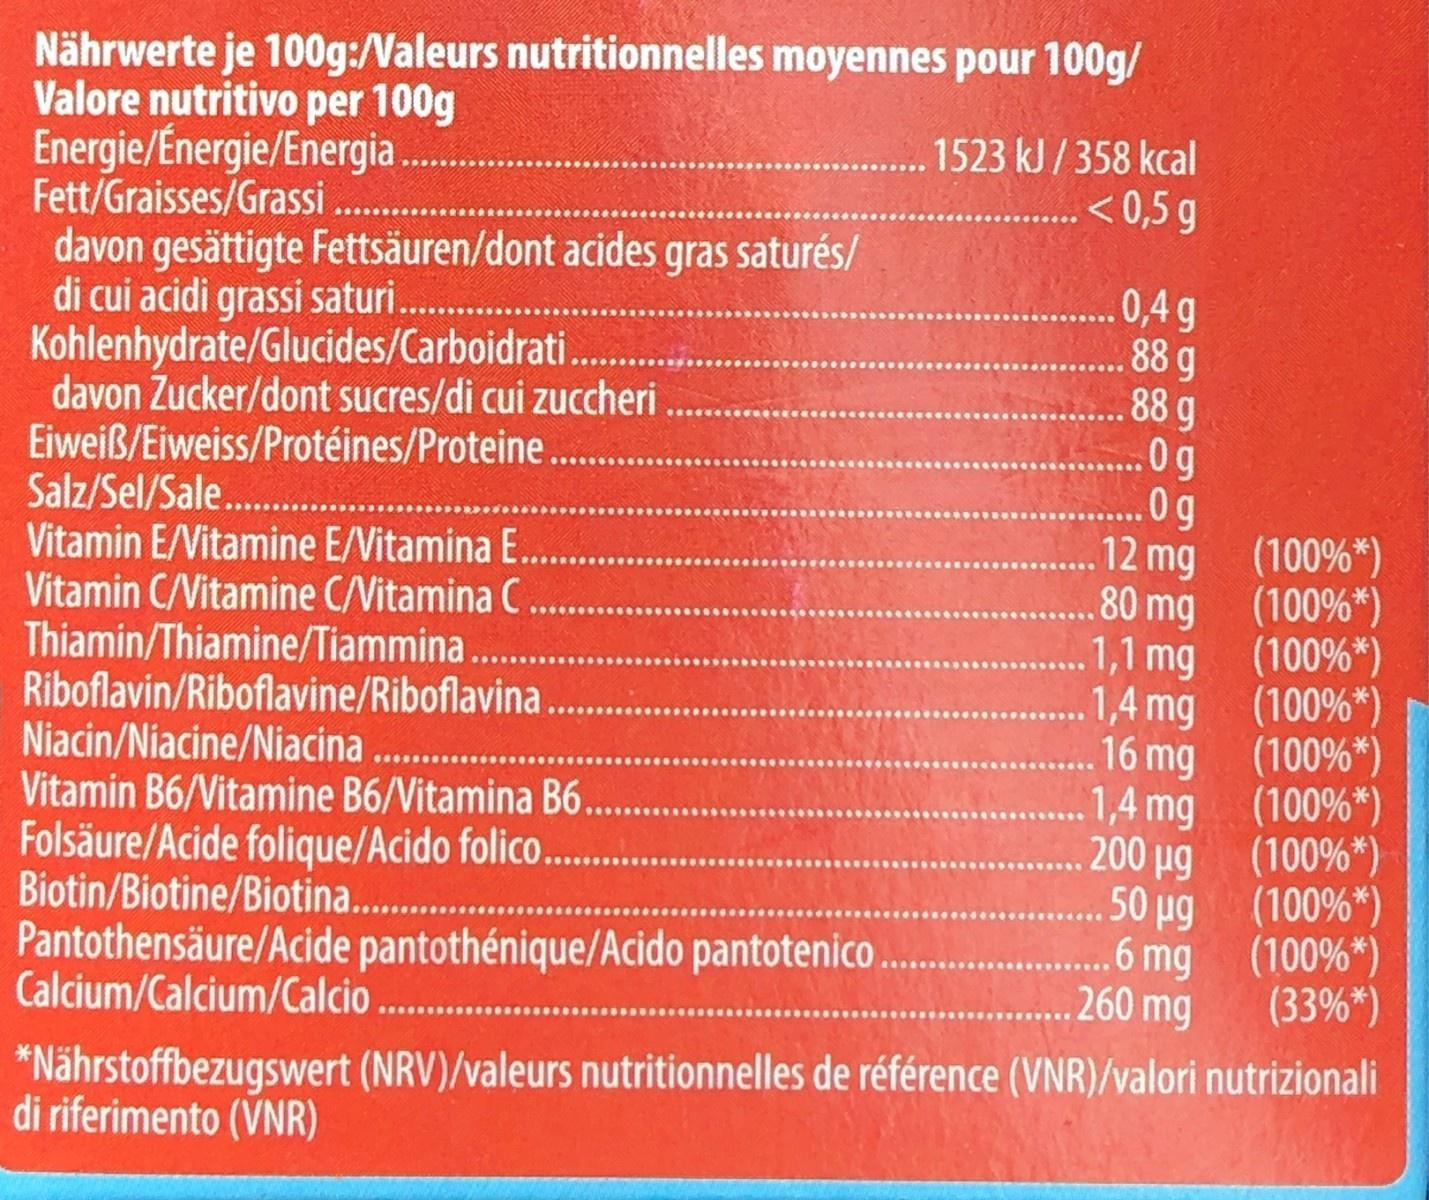
Nährwerte je 100g:/Valeurs nutritionnelles moyennes pour 100g/ Valore nutritivo per 100g Energie/Energie/Energia. Fett/Graisses/Grassi davon gesättigte Fettsäuren/dont acides gras saturés/ di cui acidi grassi saturi. Kohlenhydrate/Glucides/Carboidrati davon Zucker/dont sucres/di cui zuccheri Eiweiß/Eiweiss/Protéines/Proteine. Salz/Sel/Sale.. Vitamin E/Vitamine E/Vitamina E.. Vitamin C/Vitamine C/Vitamina C. Thiamin/Thiamine/Tiammina... Riboflavin/Riboflavine/Riboflavina. Niacin/Niacine/Niacina Vitamin B6/Vitamine B6/Vitamina B6. Folsäure/Acide folique/Acido folico.. Biotin/Biotine/Biotina. . Pantothensäure/Acide pantothénique/Acido pantotenico Calcium/Calcium/Calcio 1523 kJ / 358 kcal < 0,5 g 0,4 g 88 g 88 g 0g 0g 12 mg (100%*) 80 mg 1,1 mg 1,4 mg 16 mg 1,4 mg 200 ug 50 ug 6 mg 260 mg (100%*) (100%*) (100%*) (100%*) (100%*) (100%*) (100%*) (100%*) (33%*) *Nährstoffbezugswert (NRV)/valeurs nutritionnelles de référence (VNR)/valori nutrizionali di riferimento (VNR)